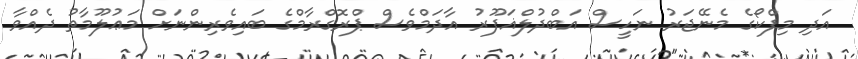
އަދި މިފްކޯގެ މެނޭޖަރު ނަހީސް އަބްދުލްޣަފޫރު އާދަމްވެސް ޕްރޮގްރާމްގެ ބައިވެރިންނަށް މަޢުލޫމާތު ދެއްވާ